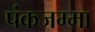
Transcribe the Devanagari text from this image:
पंकजम्मा